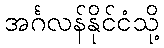
အင်္ဂလန်နိုင်ငံသို့